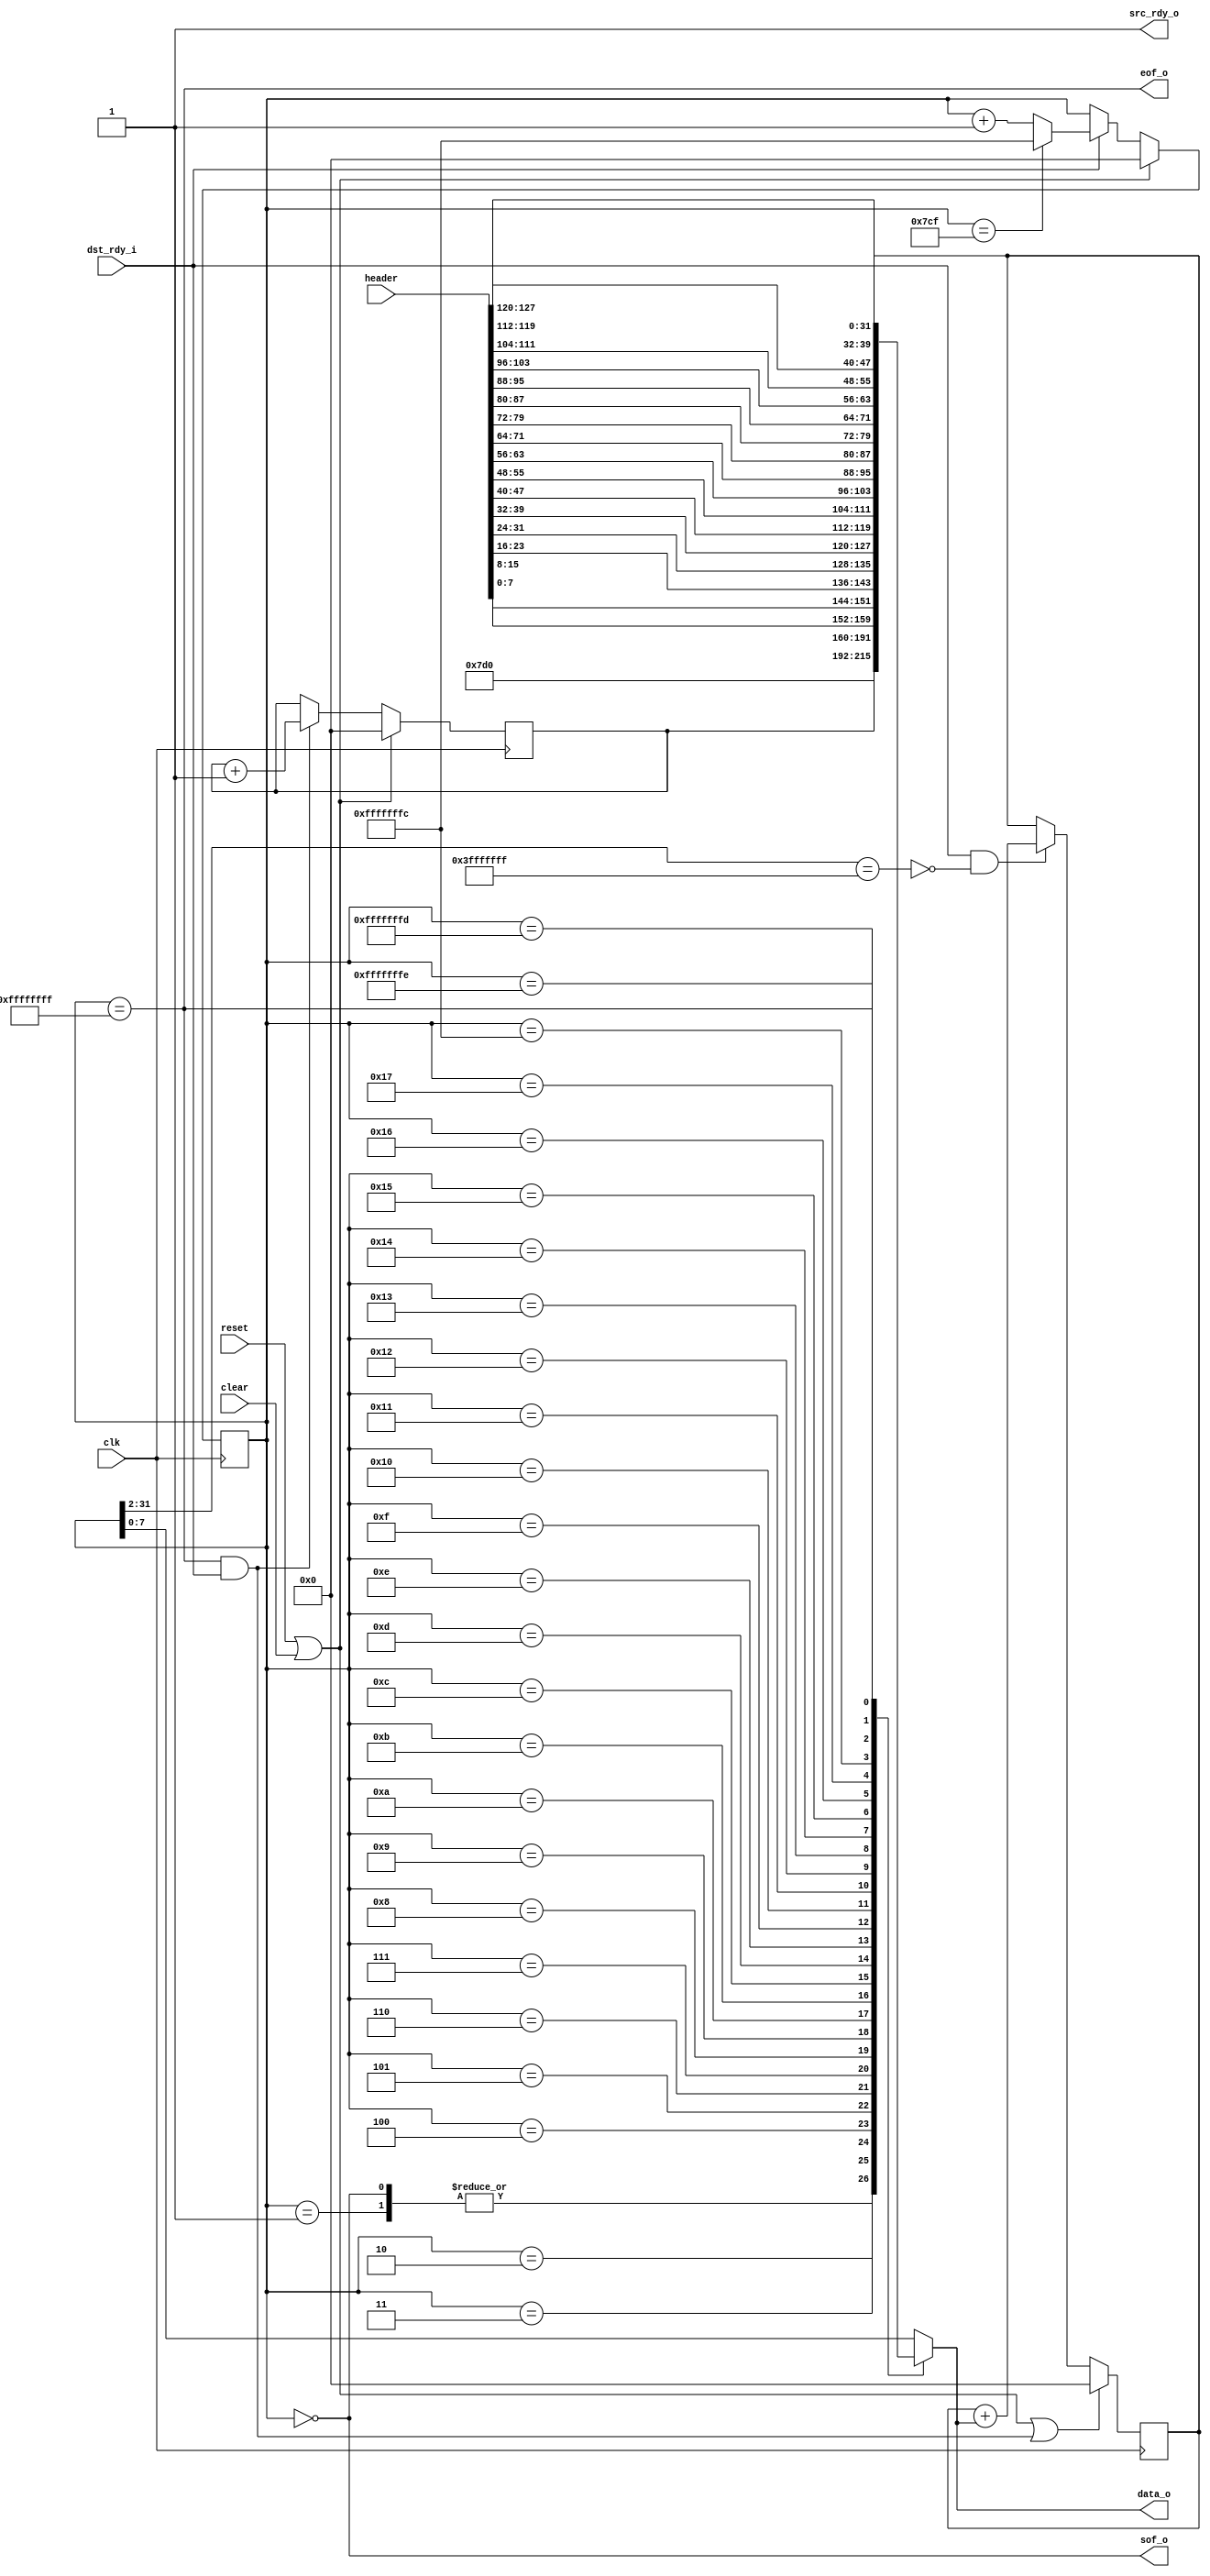
//
// Copyright 2011 Ettus Research LLC
//
// This program is free software: you can redistribute it and/or modify
// it under the terms of the GNU General Public License as published by
// the Free Software Foundation, either version 3 of the License, or
// (at your option) any later version.
//
// This program is distributed in the hope that it will be useful,
// but WITHOUT ANY WARRANTY; without even the implied warranty of
// MERCHANTABILITY or FITNESS FOR A PARTICULAR PURPOSE.  See the
// GNU General Public License for more details.
//
// You should have received a copy of the GNU General Public License
// along with this program.  If not, see <http://www.gnu.org/licenses/>.
//



module packet_generator
  (input clk, input reset, input clear,
   output reg [7:0] data_o, output sof_o, output eof_o,
   input [127:0] header,
   output src_rdy_o, input dst_rdy_i);

   localparam len = 32'd2000;

   reg [31:0] state;
   reg [31:0] seq;
   reg [31:0] crc_out;
   wire        calc_crc = src_rdy_o & dst_rdy_i & ~(state[31:2] == 30'h3FFF_FFFF);
   
	
   always @(posedge clk)
     if(reset | clear)
       seq <= 0;
     else
       if(eof_o & src_rdy_o & dst_rdy_i)
	 seq <= seq + 1;
   
   always @(posedge clk)
     if(reset | clear)
       state <= 0;
     else
       if(src_rdy_o & dst_rdy_i)
	 if(state == (len - 1))
	   state <= 32'hFFFF_FFFC;
	 else
	   state <= state + 1;

   always @*
     case(state)
       0 :   data_o <= len[31:24];
       1 :   data_o <= len[23:16];
       2 :   data_o <= len[15:8];
       3 :   data_o <= len[7:0];
       4 :   data_o <= seq[31:24];
       5 :   data_o <= seq[23:16];
       6 :   data_o <= seq[15:8];
       7 :   data_o <= seq[7:0];
       8 :   data_o <= header[7:0];
       9 :   data_o <= header[15:8];
       10 :  data_o <= header[23:16];
       11 :  data_o <= header[31:24];
       12 :  data_o <= header[39:32];
       13 :  data_o <= header[47:40];
       14 :  data_o <= header[55:48];
       15 :  data_o <= header[63:56];
       16 :  data_o <= header[71:64];
       17 :  data_o <= header[79:72];
       18 :  data_o <= header[87:80];
       19 :  data_o <= header[95:88];
       20 :  data_o <= header[103:96];
       21 :  data_o <= header[111:104];
       22 :  data_o <= header[119:112];
       23 :  data_o <= header[127:120];

       32'hFFFF_FFFC : data_o <= crc_out[31:24];
       32'hFFFF_FFFD : data_o <= crc_out[23:16];
       32'hFFFF_FFFE : data_o <= crc_out[15:8];
       32'hFFFF_FFFF : data_o <= crc_out[7:0];
       default : data_o <= state[7:0];
     endcase // case (state)
   
   assign src_rdy_o = 1;
   assign sof_o = (state == 0);
   assign eof_o = (state == 32'hFFFF_FFFF);

   wire        clear_crc = eof_o & src_rdy_o & dst_rdy_i;
   
//   crc crc(.clk(clk), .reset(reset), .clear(clear_crc), .data(data_o), 
//	   .calc(calc_crc), .crc_out(crc_out), .match());
   always @(posedge clk)
     if(reset | clear | clear_crc)
       crc_out <= 0;
     else
       if(calc_crc)
	 crc_out <= crc_out + data_o;
   
endmodule // packet_generator